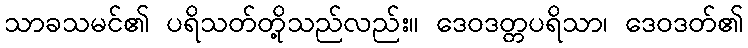
သာခသမင်၏ ပရိသတ်တို့သည်လည်း။ ဒေဝဒတ္တပရိသာ၊ ဒေဝဒတ်၏